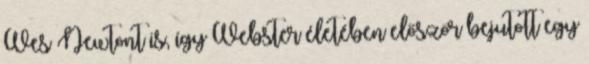
Wes Newtont is, így Webster életében először bejutott egy